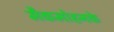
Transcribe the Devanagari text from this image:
मैकमोहनके